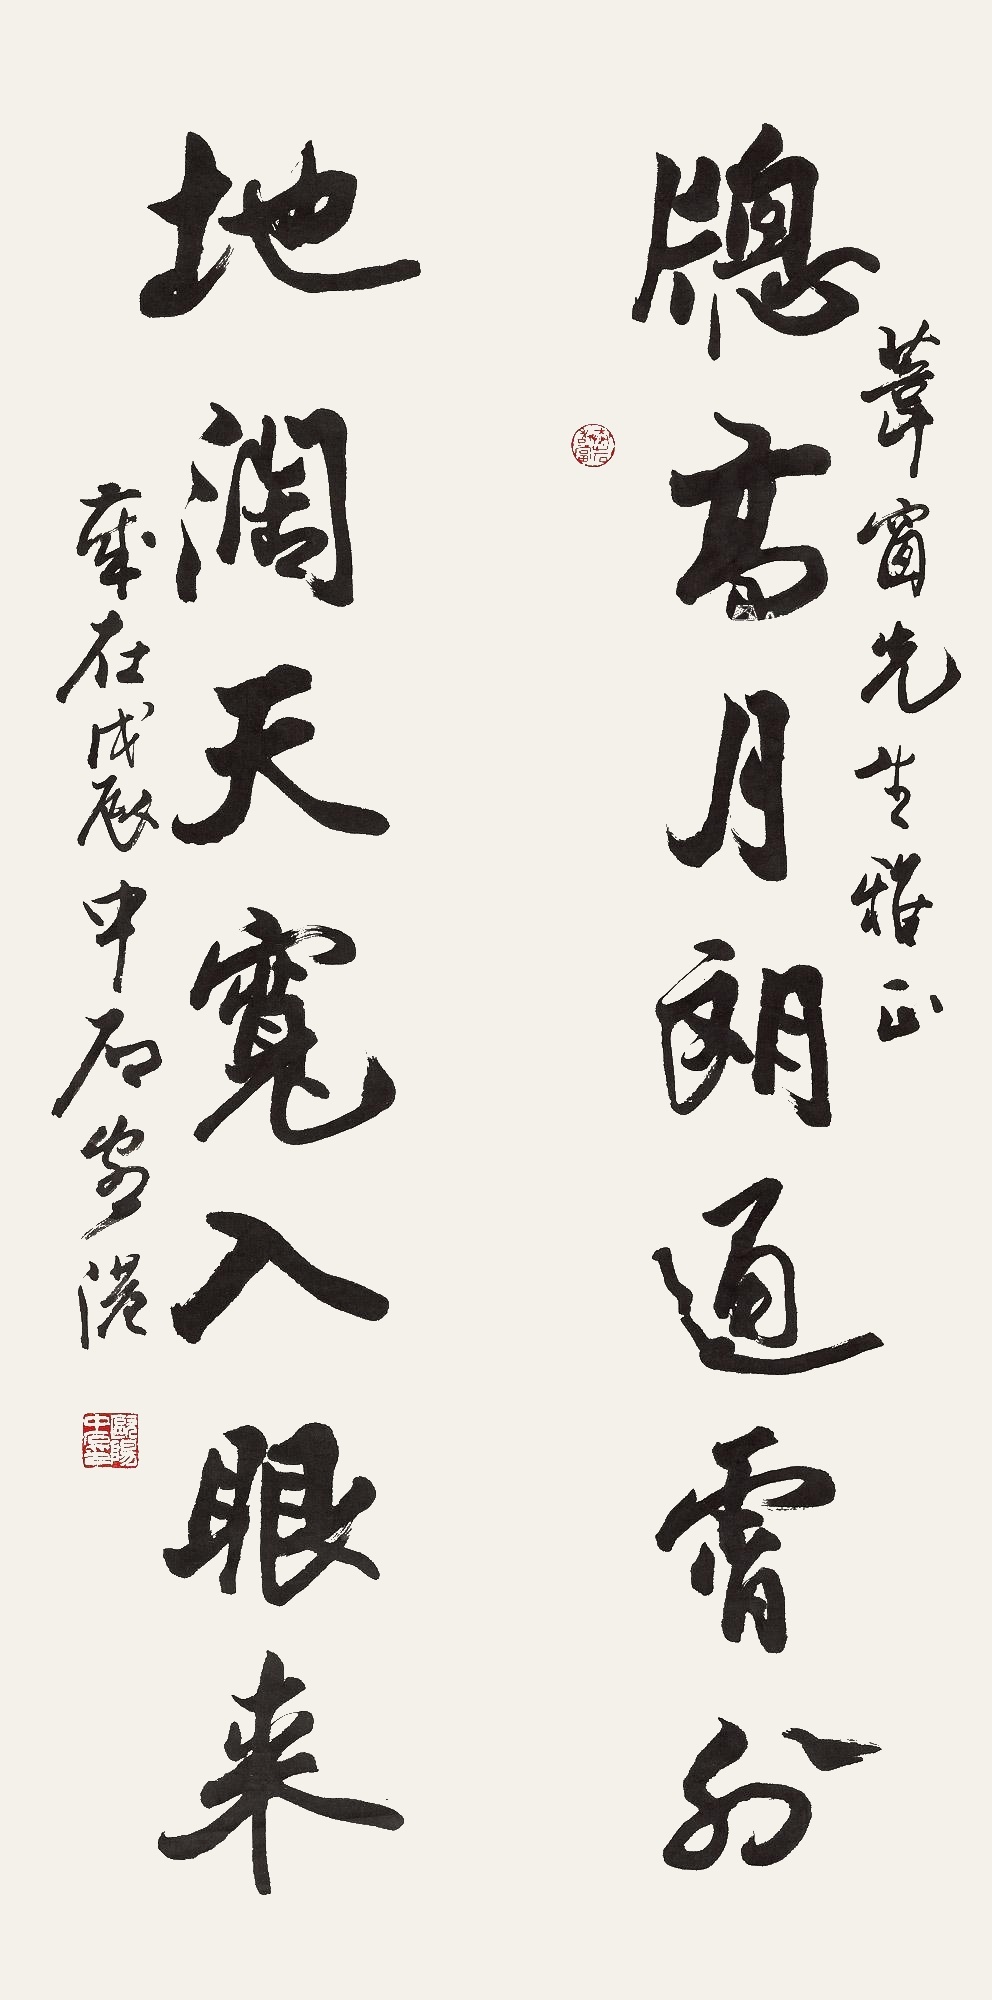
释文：窗高月朗通霄外，地阔天宽入眼来。苇窗先生雅正，岁在戊辰中石客港。